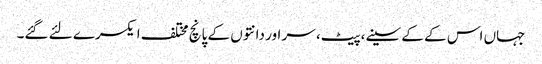
جہاں اس کے کے سینے،پیٹ، سر اور دانتوں‌ کے پانچ مختلف ایکسرے لئے گئے۔